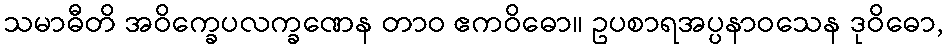
သမာဓီတိ အဝိက္ခေပလက္ခဏေန တာဝ ဧကဝိဓော။ ဥပစာရအပ္ပနာဝသေန ဒုဝိဓော,